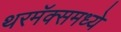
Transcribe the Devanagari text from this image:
थरमॅक्समध्ये